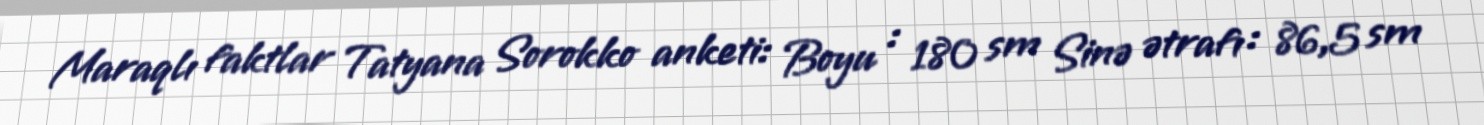
Maraqlı faktlar Tatyana Sorokko anketi: Boyu : 180 sm Sinə ətrafı : 86,5 sm